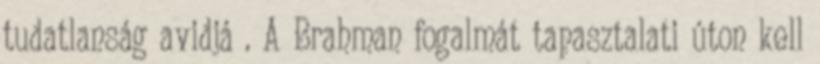
tudatlanság avidjá . A Brahman fogalmát tapasztalati úton kell